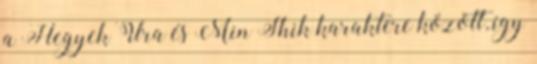
a Hegyek Ura és Min Shik karaktere között, így